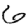
Digit: 6